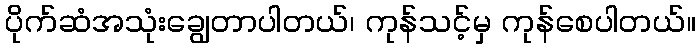
ပိုက်ဆံအသုံးချွေတာပါတယ်၊ ကုန်သင့်မှ ကုန်စေပါတယ်။